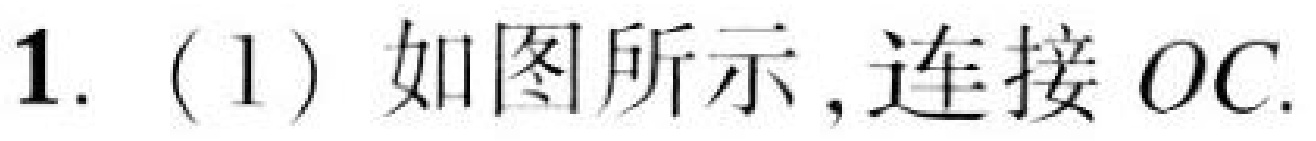
1. (1) 如图所示,连接 \(OC\).